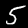
Digit: 5